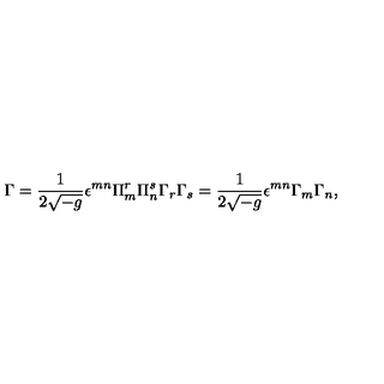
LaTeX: \Gamma = \frac { 1 } { 2 \sqrt { - g } } \epsilon ^ { m n } \Pi _ { m } ^ { r } \Pi _ { n } ^ { s } \Gamma _ { r } \Gamma _ { s } = \frac { 1 } { 2 \sqrt { - g } } \epsilon ^ { m n } \Gamma _ { m } \Gamma _ { n } ,